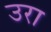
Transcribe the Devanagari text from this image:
उरा